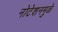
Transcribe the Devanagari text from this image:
नोटेशनमुळे